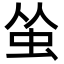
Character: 𬟺